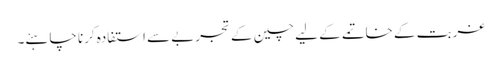
غربت کے خاتمے کے لیے چین کے تجربے سے استفادہ کرنا چاہئے۔